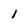
Character: l